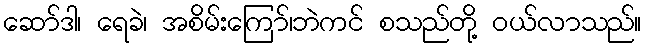
ဆော်ဒါ၊ ရေခဲ၊ အစိမ်းကြော်၊ဘဲကင် စသည်တို့ ဝယ်လာသည်။